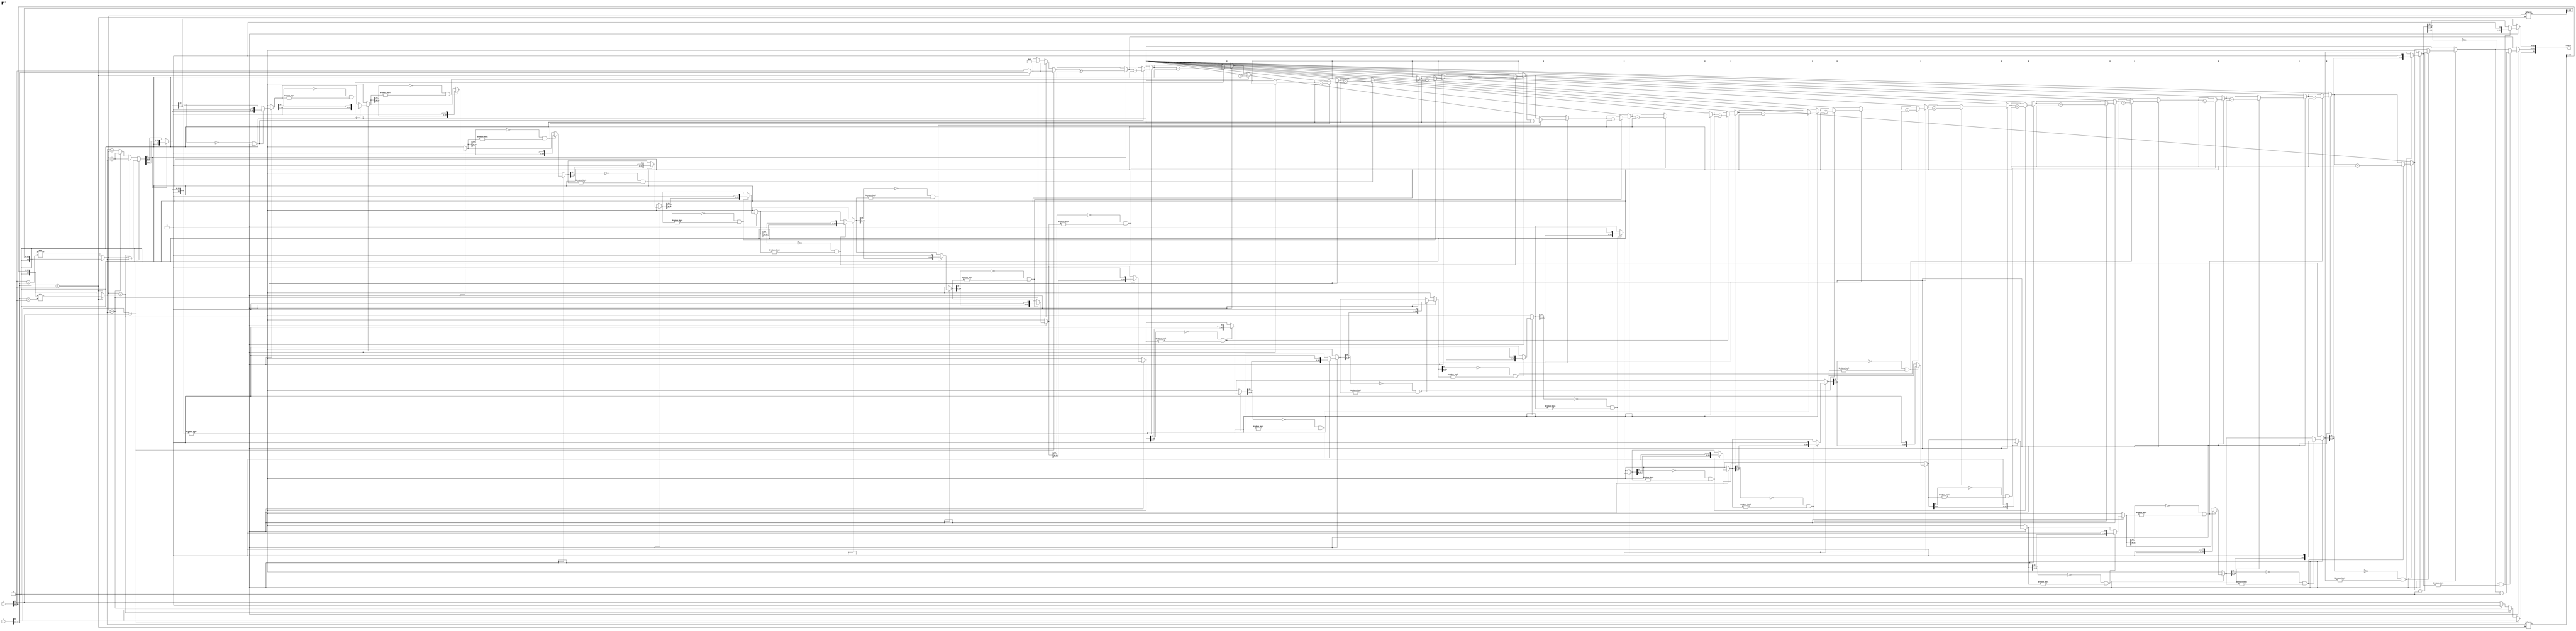
`timescale 1ns / 1ps
//////////////////////////////////////////////////////


module adder(
    input wire [31:0] a,
    input wire [31:0] b,
    output reg [31:0] result
);


reg sign_a, sign_b;
reg [7:0] exp_a, exp_b;
reg [23:0] mantissa_a, mantissa_b;


reg sign_result;
reg [7:0] exp_result;
reg [24:0] mantissa_result;
integer i; 
// Splitting inputs into sign, exponent, and mantissa
always @* begin
    sign_a = a[31];
    sign_b = b[31];
    exp_a = a[30:23];
    exp_b = b[30:23];
    mantissa_a = {1'b1,a[22:0]};
    mantissa_b = {1'b1,b[22:0]};
end
always @* begin
  
    if(exp_a > exp_b) begin
        exp_result = exp_a;
        mantissa_b = mantissa_b >> (exp_a - exp_b);
    end 
    else begin
        exp_result = exp_b;
        mantissa_a = mantissa_a >> (exp_b - exp_a);
    end

 
    if(sign_a == sign_b) begin
        mantissa_result = mantissa_a + mantissa_b;
         sign_result=sign_a;
    end 
    else begin

         if ( mantissa_a > mantissa_b) begin 
         sign_result=sign_a;
          mantissa_result = mantissa_a - mantissa_b;  
  //       e = 1'b1; 
         end else if ( mantissa_a == mantissa_b) begin 
          sign_result=0; 
            exp_result=7'b0;
           mantissa_result = mantissa_a - mantissa_b;
          end else begin
            sign_result=sign_b;
             mantissa_result = mantissa_b - mantissa_a;
            end 
  end

    //Checking for overflow in mantissa
   
        if(mantissa_result[24] == 1'b1)  begin
        mantissa_result = mantissa_result >> 1; 
        exp_result = exp_result + 1;
     //   f = 1'b1;
        end

   // Checking for underflow in mantissa
   // Assuming mantissa_result is 24-bit
     if (mantissa_result != 24'b0) begin
for (i = 0; i < 24; i = i + 1) begin
    if ((mantissa_result[23] == 1'b0) && (mantissa_result != 24'b0)) begin
        exp_result = exp_result - 1;
        mantissa_result = mantissa_result << 1;
    end
end
end



    // Combining sign, exponent, and mantissa to get the result
    
    result = {sign_result, exp_result, mantissa_result[22:0]};
end

endmodule